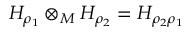
H _ { \rho _ { 1 } } \otimes _ { M } H _ { \rho _ { 2 } } = H _ { \rho _ { 2 } \rho _ { 1 } }